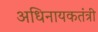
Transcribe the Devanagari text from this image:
अधिनायकतंत्री